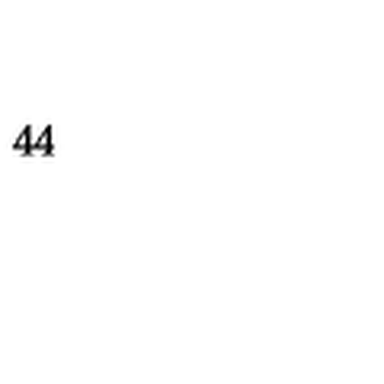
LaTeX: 4 4